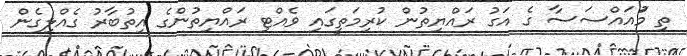
ތި މުަައައްސަސާ ގެ އަގު ރައްޔިތުން ކުރިމަތީގައި ވެއްޓި ރައްޔިތުންގެ އިތުބާރު ގެއްލިގެން